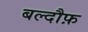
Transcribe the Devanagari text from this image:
बल्दौफ़